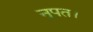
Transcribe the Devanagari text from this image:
नृपत।